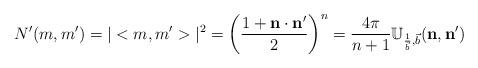
LaTeX: \begin{align*}N^{\prime}(m,m^{\prime}) = |<m,m^{\prime}>|^{2} =\left( \frac{1+\mathbf{n}\cdot\mathbf{n}^{\prime}}{2}\right) ^{n}=\frac{4\pi}{n+1}\mathbb{U}_{\frac{1}{\vec{b}},\vec{b}}(\mathbf{n},\mathbf{n}^{\prime})\end{align*}